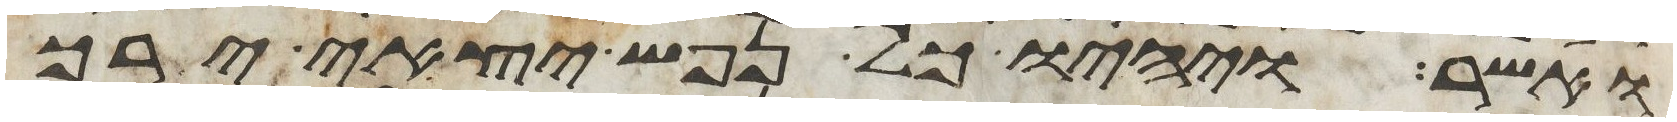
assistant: ואשר ויהיו כל נפש יצאי ירך